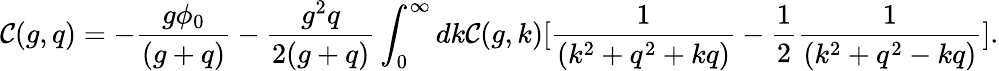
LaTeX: \mathcal{C}(g,q)=-{\frac{{g\phi_{0}}}{{(g+q)}}}-{\frac{{g^{2}q}}{{2(g+q)}}}\int_{0}^{\infty}dk\mathcal{C}(g,k)[{\frac{{1}}{{(k^{2}+q^{2}+kq)}}}-{\frac{{1}}{{2}}}{\frac{{1}}{{(k^{2}+q^{2}-kq)}}}].